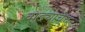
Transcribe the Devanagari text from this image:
वाड्याचेच